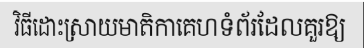
វិធីដោះស្រាយមាតិកាគេហទំព័រដែលគួរឱ្យ